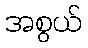
အစွယ်